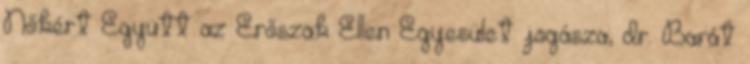
Nőkért Együtt az Erőszak Ellen Egyesület jogásza, dr. Barát